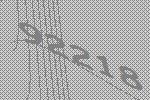
92218